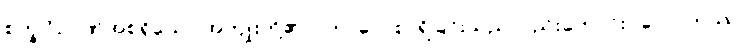
စက္ခုဝိဉာဏ်အစရှိသော အကျိုးတို့၏။) ဘာဝေါ စ၊ ရှိခြင်းသည်လည်းကောင်း။ လောကဿ၊